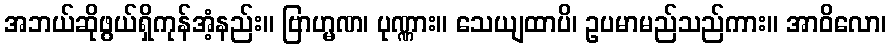
အဘယ်ဆိုဖွယ်ရှိကုန်အံ့နည်း။ ဗြာဟ္မဏ၊ ပုဏ္ဏား။ သေယျထာပိ၊ ဥပမာမည်သည်ကား။ အာဝိလော၊